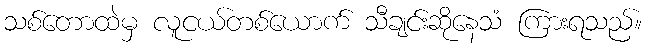
သစ်တောထဲမှ လူငယ်တစ်ယောက် သီချင်းဆိုနေသံ ကြားရသည်။